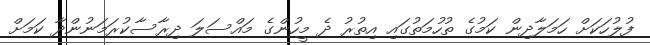
ފުލުހަކަށް ހަމަލާދިން ކަމުގެ ތުހުމަތުގައި އިތުރު ދެ މީހުންގެ މައްސަލަ ދިރާސާކުރަމަނުންދާ ކަމަށް